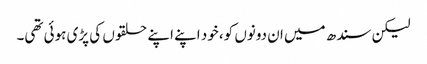
لیکن سندھ میں ان دونوں کو، خود اپنے اپنے حلقوں کی پڑی ہوئی تھی۔